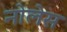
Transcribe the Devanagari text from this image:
नोलेस